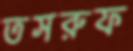
তসরুফ